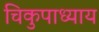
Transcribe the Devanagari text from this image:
चिकुपाध्याय